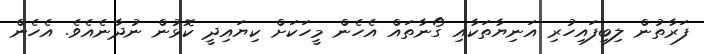
ފަރާތުން ލިބިފައިހުރި އަނިޔާތަކާއި ގޯނާތައް އެހެން މީހަކަށް ކިޔައިދީ ކޮޅުން ނުދާނެއެވެ. އެހެން